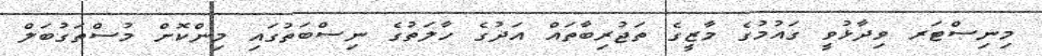
މިނިސްޓަރ ވިދާޅުވީ ގައުމުގެ މާޒީގެ ތަޖުރިބާތައް އަދުގެ ހާލަތުގެ ނިސްބަތުގައި މިންކޮށް މުސްތަގުބަލް